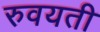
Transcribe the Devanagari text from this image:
रुवयती